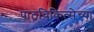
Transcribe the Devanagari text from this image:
पाठचिकित्सेच्या